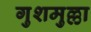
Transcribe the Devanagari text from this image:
गुशमुल्ला